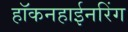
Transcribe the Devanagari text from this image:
हॉकनहाईनरिंग